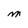
Character: M